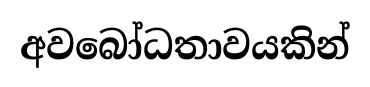
අවබෝධතාවයකින්